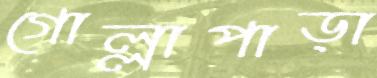
গোল্লাপাড়া